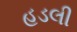
હડલી